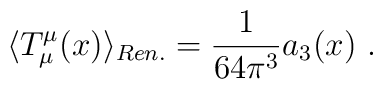
\langle T_\mu^\mu(x)\rangle_{Ren.}=\frac1{64\pi^3}a_3(x) \ .